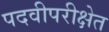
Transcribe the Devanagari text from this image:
पदवीपरीक्षेत